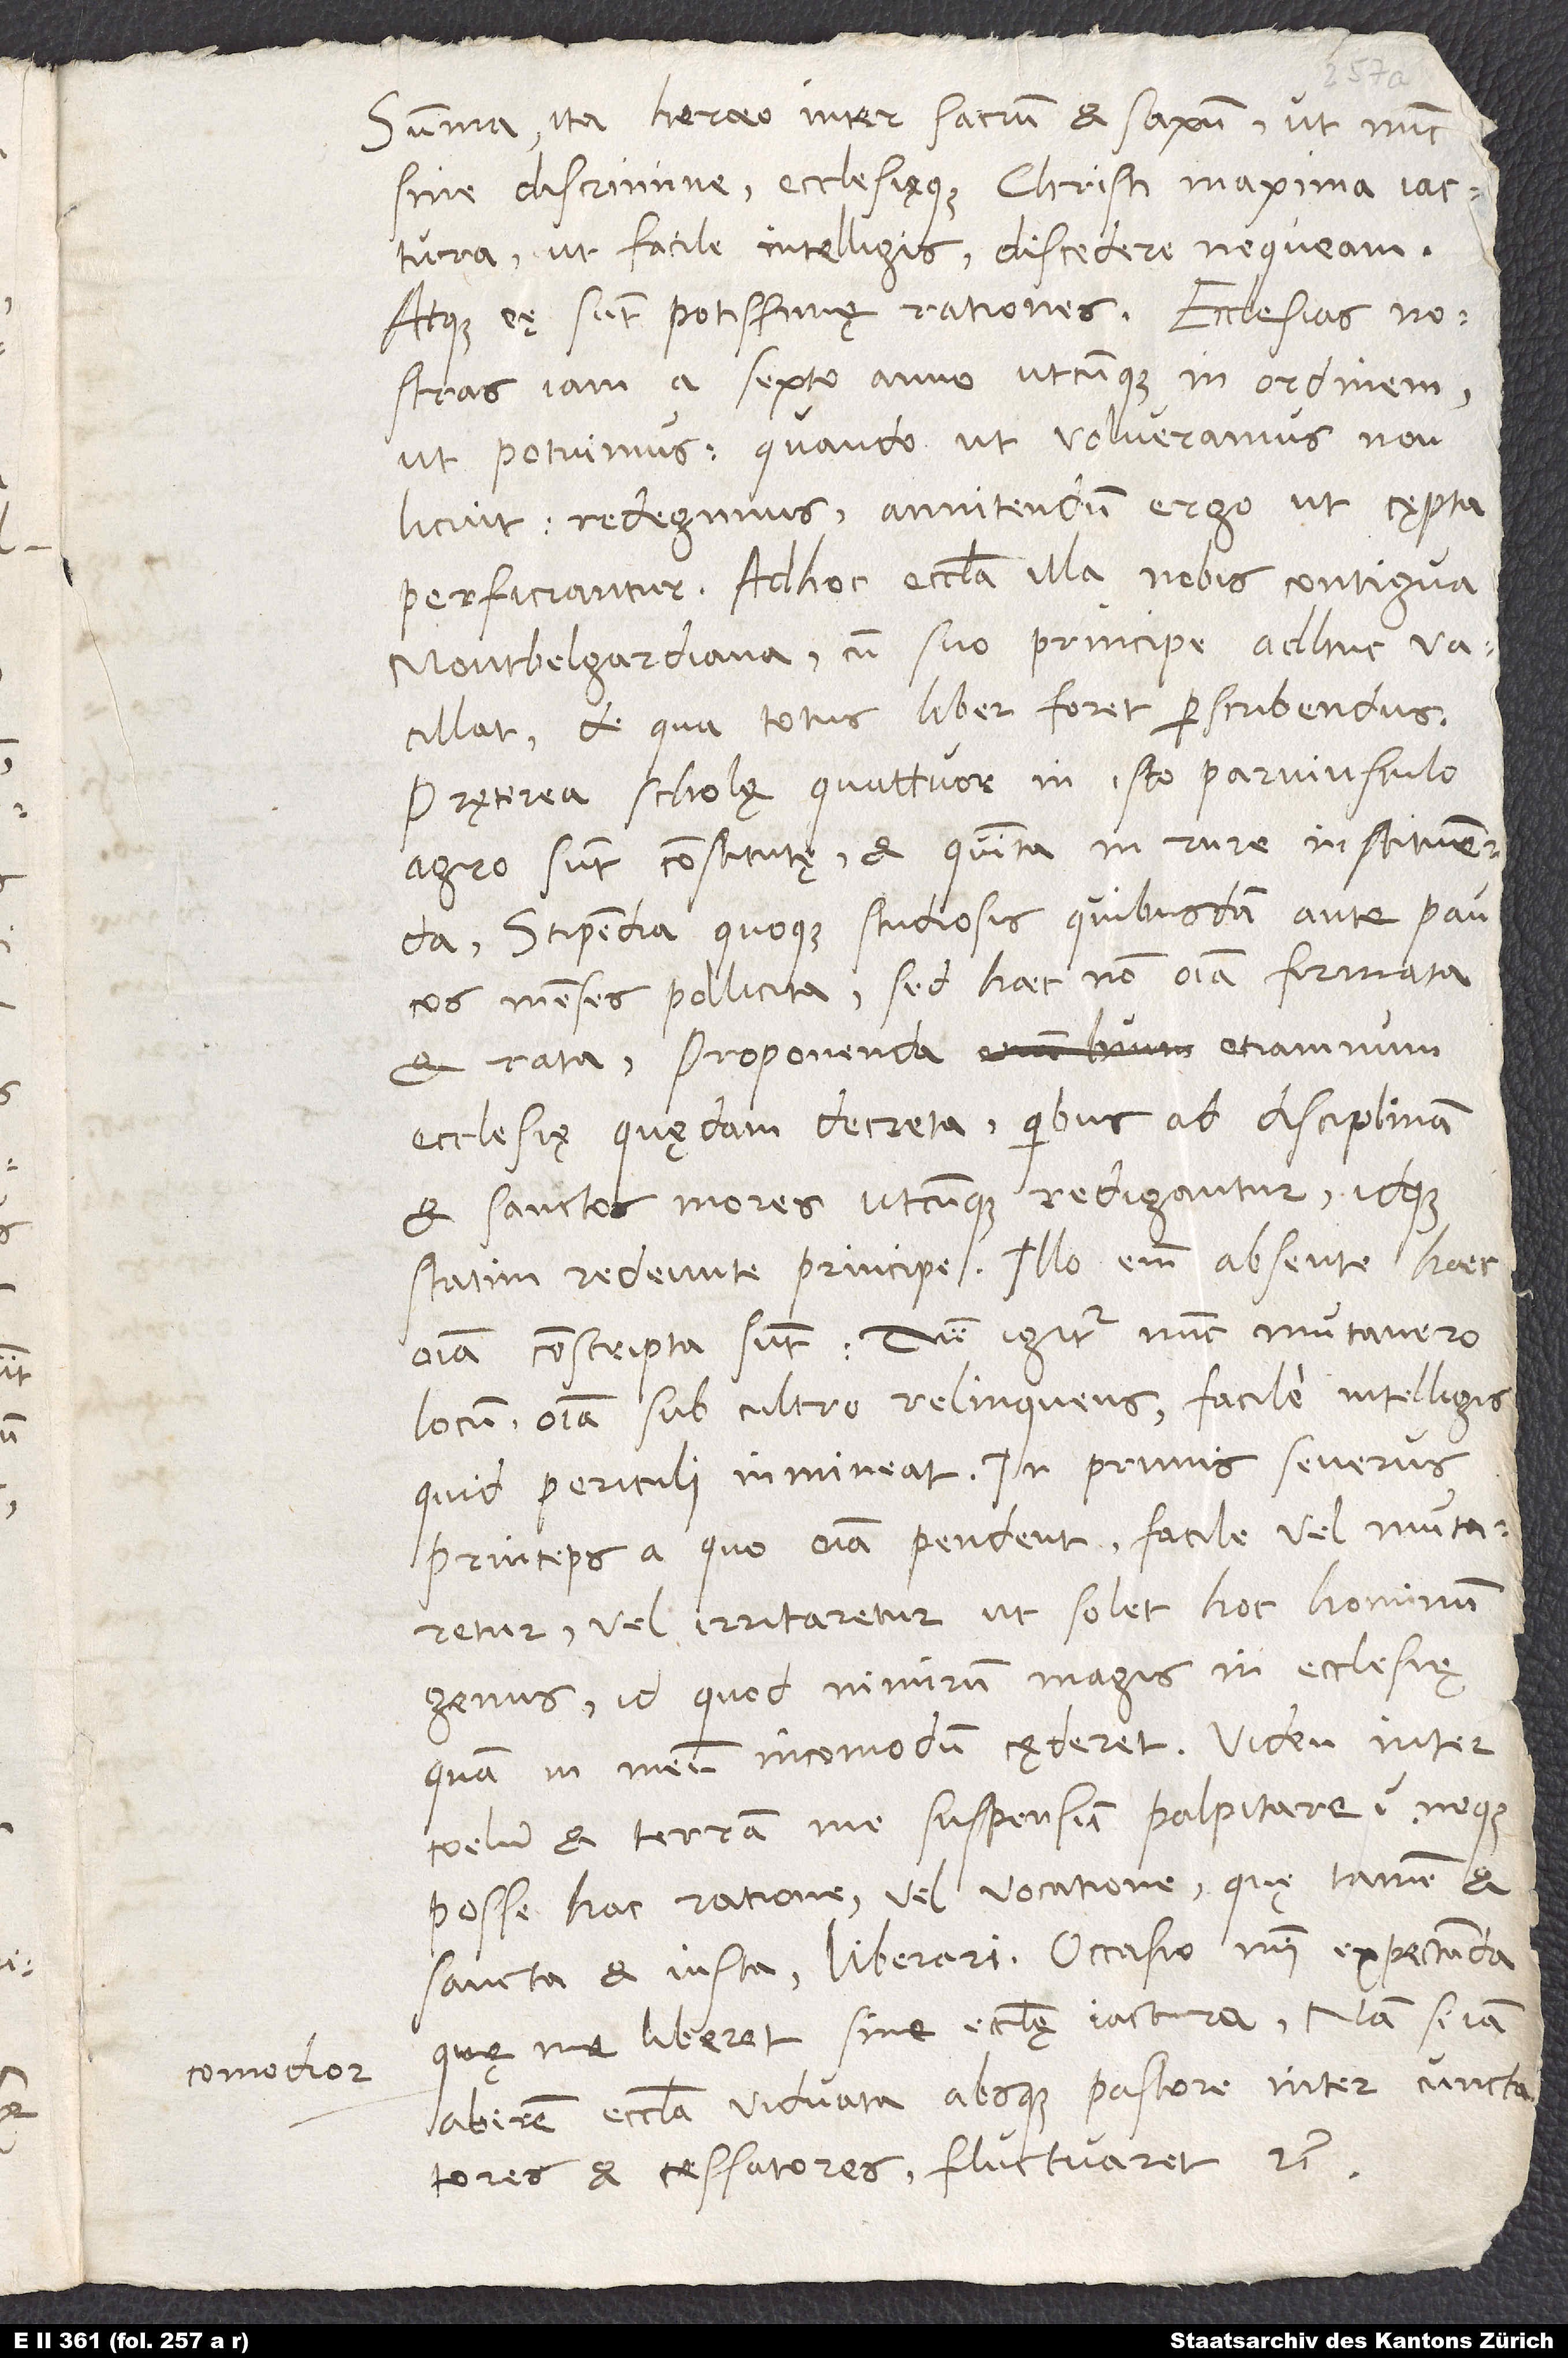
comodior,

Summa. Ita haereo inter sacrum et saxum, ut nunc
sine discrimine ecclesięque Christi maxima iactura,
ut facile intelligis, discedere nequeam.
Atque eę sunt potissimę rationes. Ecclesias nostras
iam a sexto anno utcunque in ordinem,
ut potuimus - quando, ut volueramus, non
licuit - redegimus. Annitendum ergo, ut cępta
perficiantur. Ad hoc ecclesia illa nobis contigua,
Montbelgardiana, cum suo principe adhuc vacillat;
de qua totus liber foret perscribendus.
Pręterea scholę quattuor in isto parviusculo
agro sunt constitutę et quinta in rure instituenda,
stipendia quoque studiosis quibusdam ante paucos
menses pollicita, sed haec non omnia firmata
et rata, proponenda etiamnum
ecclesię quędam decreta, quibus ad disciplinam
et sanctos mores utcunque redigantur, idque
statim redeunte principe. Illo enim absente haec
omnia conscripta sunt. Dum igitur nunc mutavero
locum omnia sub cultro relinquens, facile intelligis,
quid periculi inmineat. In primis severus
princeps, a quo omnia pendent, facile vel mutaretur
vel irritaretur, ut solet hoc hominum
genus; id quod nimirum magis in ecclesię
quam in meum incomodum cęderet. Viden inter
coelum et terram me suspensum palpitare neque
posse hac ratione vel vocatione, quę tamen et
sancta et iusta, liberari? Occasio mihi expectanda
quę me liberet sine ecclesię iactura. Nam si iam
abirem, ecclesia viduata absque pastore inter cunctatores
et cessatores fluctuaret, etc.